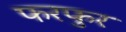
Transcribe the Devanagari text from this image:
फरफुर